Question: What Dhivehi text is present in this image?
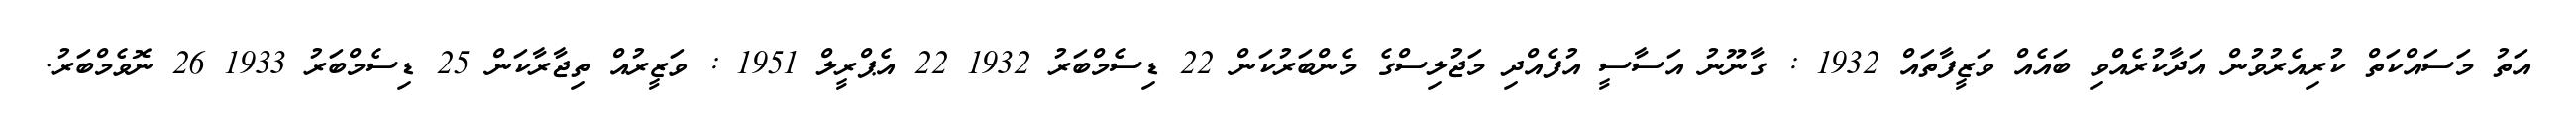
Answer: އަތު މަސައްކަތް ކުރިއެރުވުން އަދާކުރެއްވި ބައެއް ވަޒީފާތައް 1932 : ގާނޫނު އަސާސީ އުފެއްދި މަޖުލިސްގެ މެންބަރުކަން 22 ޑިސެމްބަރު 1932 22 އެޕްރީލް 1951 : ވަޒީރުއް ތިޖާރާކަން 25 ޑިސެމްބަރު 1933 26 ނޮވެމްބަރު.